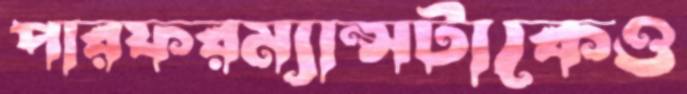
পারফরম্যান্সটাকেও